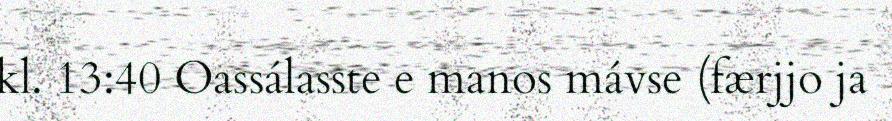
kl. 13:40 Oassálasste e manos mávse (færjjo ja